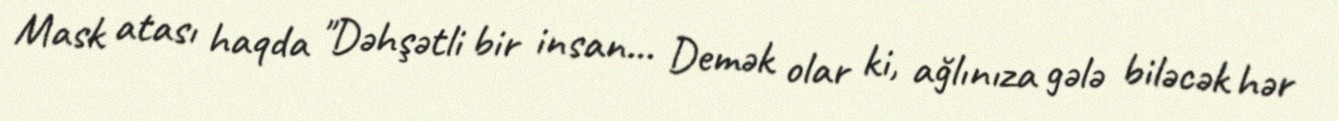
Mask atası haqda "Dəhşətli bir insan… Demək olar ki, ağlınıza gələ biləcək hər